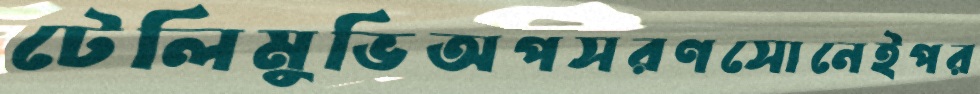
টেলিমুভিঅপসরণসোনেইপর